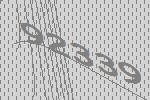
92339